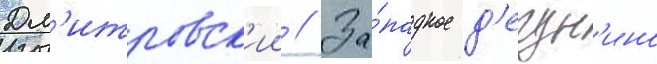
Дм'итровск'ии // За́падное д'егун'ино